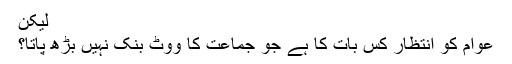
لیکن
عوام کو انتظار کس بات کا ہے جو جماعت کا ووٹ بنک نہیں بڑھ پاتا؟